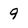
Character: 9